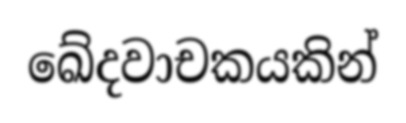
ඛේදවාචකයකින්